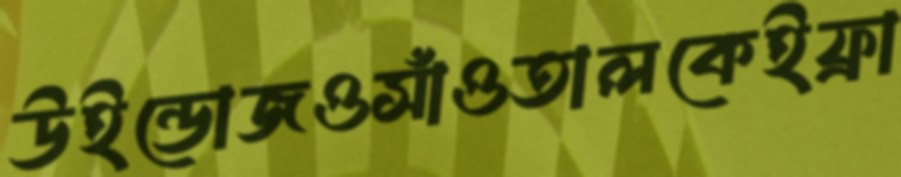
উইন্ডোজওসাঁওতালকেইফ্রা